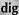
dig